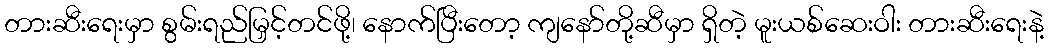
တားဆီးရေးမှာ စွမ်းရည်မြှင့်တင်ဖို့၊ နောက်ပြီးတော့ ကျနော်တို့ဆီမှာ ရှိတဲ့ မူးယစ်ဆေးဝါး တားဆီးရေးနဲ့